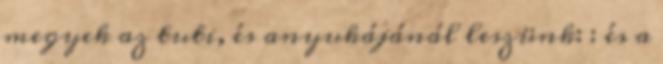
megyek az tuti, és anyukájánál leszünk: : és a